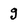
Character: g